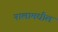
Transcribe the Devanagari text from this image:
नालामधील